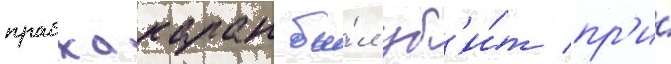
прабхакаран бы́л уб'и́т пр'и́